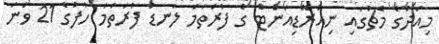
މިއަދުގެ މެޗުގައި ނިއުރޭޑިއަންޓް ގެ ފުރަތަމަ ލަނޑު ފުރަތަމަ ހާފުގެ 21 ވަނަ